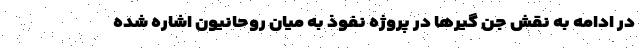
در ادامه به نقش جن گیرها در پروژه نفوذ به میان روحانیون اشاره شده